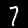
Digit: 7